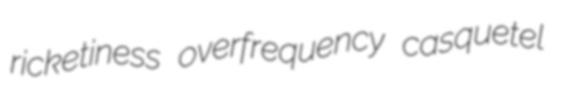
ricketiness overfrequency casquetel